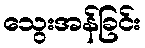
သွေးအန်ခြင်း